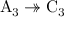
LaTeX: \mathrm { A } _ { 3 } \twoheadrightarrow \mathrm { C } _ { 3 }